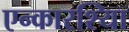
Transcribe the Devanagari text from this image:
एन्कारश्यिा